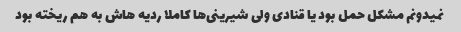
نمیدونم مشکل حمل بود یا قنادی ولی شیرینی‌ها کاملا ردیه هاش به هم ریخته بود